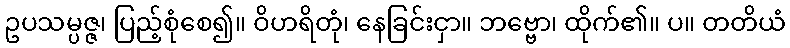
ဥပသမ္ပဇ္ဇ၊ ပြည့်စုံစေ၍။ ဝိဟရိတုံ၊ နေခြင်းငှာ။ ဘဗ္ဗော၊ ထိုက်၏။ ပ။ တတိယံ